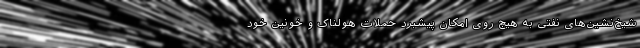
شیخ‌نشین‌های نفتی به هیچ روی امکان پیشبرد حملات هولناک و خونین خود